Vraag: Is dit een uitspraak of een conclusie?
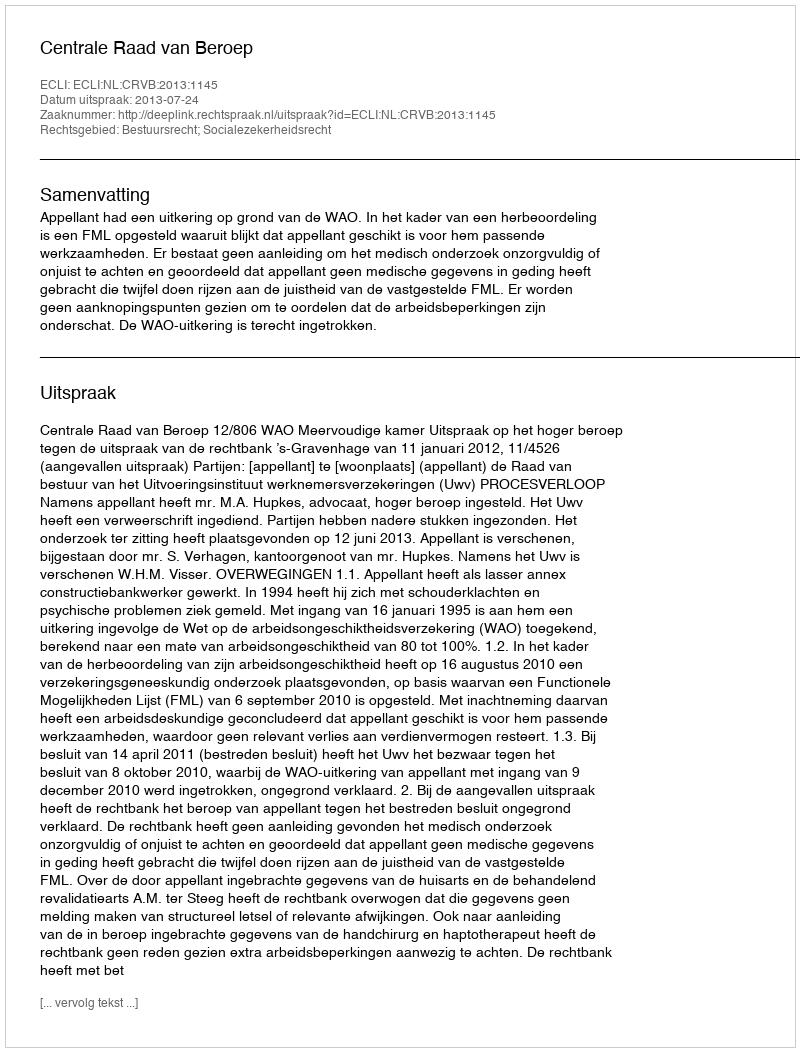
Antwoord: Uitspraak